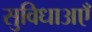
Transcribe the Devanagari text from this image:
सुविधाअएँ